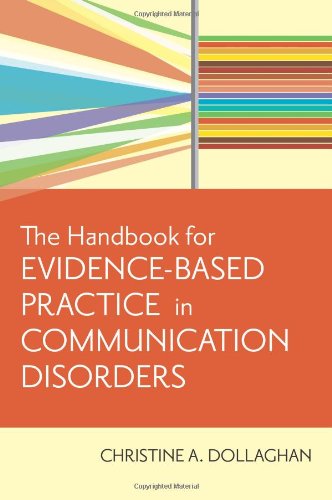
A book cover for The Handbook for Evidence-Based Practice in Communication Disorders; Chris Dollaghan Ph.D.; Medical Books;